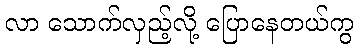
လာ သောက်လှည့်လို့ ပြောနေတယ်ကွ